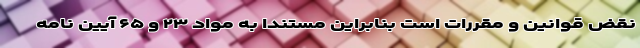
نقض قوانین و مقررات است بنابراین مستندا به مواد ۲۳ و ۶۵ آیین نامه